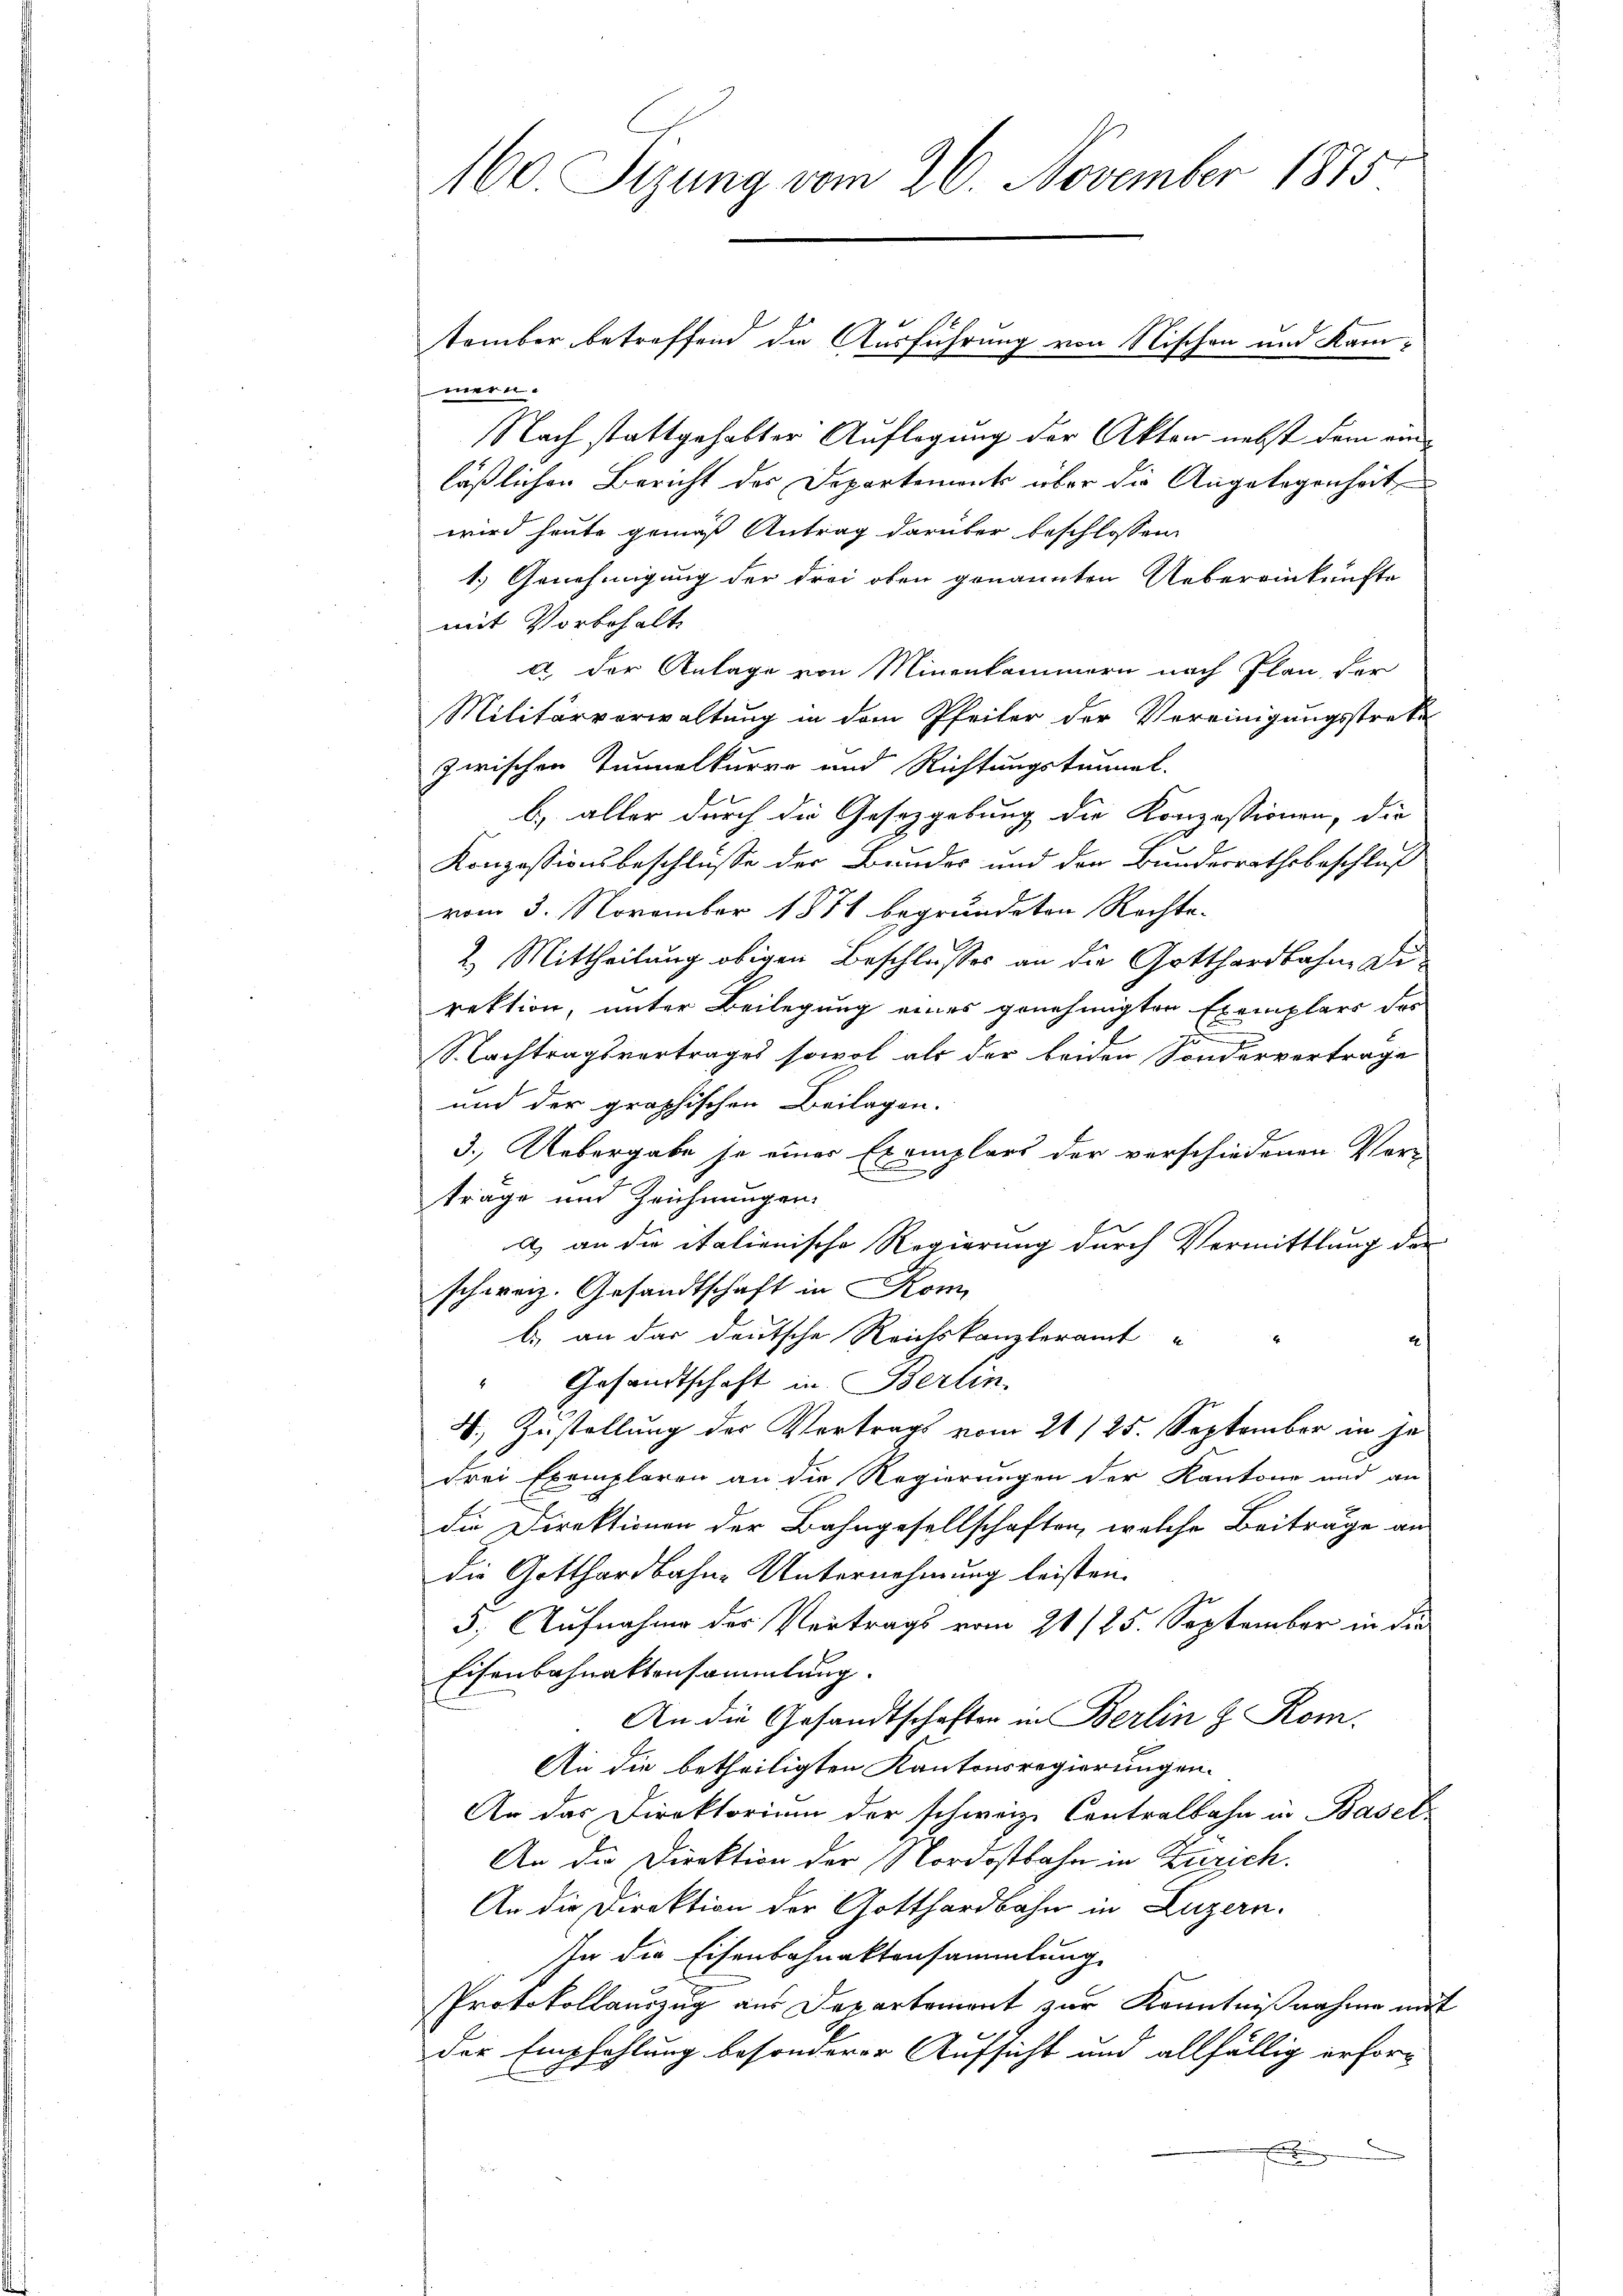
mern.
Nach stattgehabter Auflegung der Akten nebst dem einläßlichen Bericht der Departement über die Angelegenheit
wird heute gemäß Antrag darüber beschlossen:
1.) Genehmigung der drei oben genannten Uebereinkünfte
mit Vorbehalt
c. der Anlage von Minenkammern nach Plan, der
Militärverwaltung in dem Pfeiler der Vereinigungsstreke
zwischen Tunnelkurre und Richtungstaunet
b.) aller durch die Gesetzgebung die Konzessionen, die
Konzessionsbeschlusse der Bruder und der Bundesrathsbeschluß
vom 3. November 1878 begründeten Rechte.
2.) Mittheilung obigen Beschlusses an die Gotthardbahn Direktion, unter Beilegung eines genehmigten Exemplars des
d
Nachtragsvertrages sowol als der beiden Sondervertrage
und der graphischen Beilagen.
3.) Uebergabe je einer Exemplars der verschiedenen Ver-
träge und Zeichnungen
a) an die italienische Regierung durch Vermittlung des
schweiz. Gesandtschaft in Kom
b) an das deutsche Reichskanzleramt
Gesandtschaft in Berlin.
V. Zustellung der Vertrags vom 21/25. September in jedrei Exemplaren an die Regierungen der Kantone und an
die Direktionen der Bahngesellschaften, welche Beiträge an
die Gotthardbahne Unternehmung leisten.
5. Aufnahme der Vertrags vom 21/25. September in die
Eisenbahnaktensammlung.
An die Gesandtschaften in Berlin z. Kom
An die betheiligten Kantonsregierungen.
An das Direktorium der schweiz. Contralbahn in Basel-
An die Direktion der Nordostbahn in Zürich.
An die Direktion der Gotthardbahn in Luzern.
In die Eisenbahnaktensammlung
Protokollauszug aus Departement zur Kenntnißnahme mit
der Empfehlung besonderer Aufsicht und allfällig erfor¬

160. Sizung vom 26. November 1875

tember betreffend die Ausführung von Nischen und Kam¬